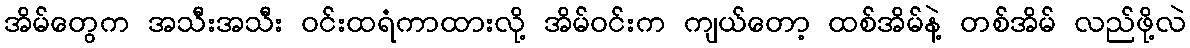
အိမ်တွေက အသီးအသီး ဝင်းထရံကာထားလို့ အိမ်ဝင်းက ကျယ်တော့ ထစ်အိမ်နဲ့ တစ်အိမ် လည်ဖို့လဲ